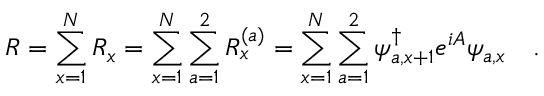
R = \sum _ { x = 1 } ^ { N } R _ { x } = \sum _ { x = 1 } ^ { N } \sum _ { a = 1 } ^ { 2 } R _ { x } ^ { ( a ) } = \sum _ { x = 1 } ^ { N } \sum _ { a = 1 } ^ { 2 } \psi _ { a , x + 1 } ^ { \dag } e ^ { i A } \psi _ { a , x } \quad .